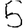
Digit: 5